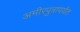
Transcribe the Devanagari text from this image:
अमीरपुत्रापर्यंत